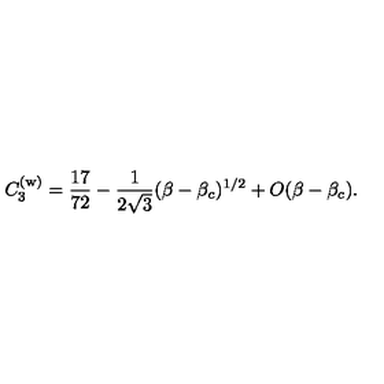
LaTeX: C _ { 3 } ^ { ( \mathrm { w } ) } = { \frac { 1 7 } { 7 2 } } - { \frac { 1 } { 2 \sqrt { 3 } } } ( \beta - \beta _ { c } ) ^ { 1 / 2 } + O ( \beta - \beta _ { c } ) .